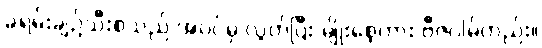
ခရမ်းချဉ်သီးစသည် အပင်မှ လွတ်ပြီး မျိုးစေ့ကား ဗီဇဂါမ်တည်း။